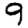
Digit: 9